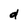
Character: d